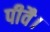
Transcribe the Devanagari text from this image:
पीवै।